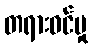
တရားဝင်မှု